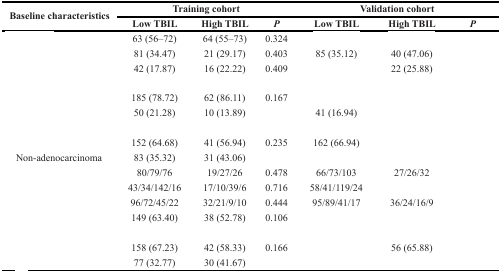
<table><thead><tr><td rowspan="2"><b>Baseline characteristics</b></td><td colspan="3"><b>Training cohort</b></td><td colspan="3"><b>Validation cohort</b></td></tr><tr><td><b>Low TBIL</b></td><td><b>High TBIL</b></td><td><b><i>P</i></b></td><td><b>Low TBIL</b></td><td><b>High TBIL</b></td><td><b><i>P</i></b></td></tr></thead><tbody><tr><td>[EMPTY_CELL]</td><td>63 (56–72)</td><td>64 (55–73)</td><td>0.324</td><td>[EMPTY_CELL]</td><td>[EMPTY_CELL]</td><td>[EMPTY_CELL]</td></tr><tr><td>[EMPTY_CELL]</td><td>81 (34.47)</td><td>21 (29.17)</td><td>0.403</td><td>85 (35.12)</td><td>40 (47.06)</td><td>[EMPTY_CELL]</td></tr><tr><td>[EMPTY_CELL]</td><td>42 (17.87)</td><td>16 (22.22)</td><td>0.409</td><td>[EMPTY_CELL]</td><td>22 (25.88)</td><td>[EMPTY_CELL]</td></tr><tr><td>[EMPTY_CELL]</td><td>[EMPTY_CELL]</td><td>[EMPTY_CELL]</td><td>[EMPTY_CELL]</td><td>[EMPTY_CELL]</td><td>[EMPTY_CELL]</td><td>[EMPTY_CELL]</td></tr><tr><td>[EMPTY_CELL]</td><td>185 (78.72)</td><td>62 (86.11)</td><td>0.167</td><td>[EMPTY_CELL]</td><td>[EMPTY_CELL]</td><td>[EMPTY_CELL]</td></tr><tr><td>[EMPTY_CELL]</td><td>50 (21.28)</td><td>10 (13.89)</td><td>[EMPTY_CELL]</td><td>41 (16.94)</td><td>[EMPTY_CELL]</td><td>[EMPTY_CELL]</td></tr><tr><td>[EMPTY_CELL]</td><td>[EMPTY_CELL]</td><td>[EMPTY_CELL]</td><td>[EMPTY_CELL]</td><td>[EMPTY_CELL]</td><td>[EMPTY_CELL]</td><td>[EMPTY_CELL]</td></tr><tr><td>[EMPTY_CELL]</td><td>152 (64.68)</td><td>41 (56.94)</td><td>0.235</td><td>162 (66.94)</td><td>[EMPTY_CELL]</td><td>[EMPTY_CELL]</td></tr><tr><td> Non-adenocarcinoma</td><td>83 (35.32)</td><td>31 (43.06)</td><td>[EMPTY_CELL]</td><td>[EMPTY_CELL]</td><td>[EMPTY_CELL]</td><td>[EMPTY_CELL]</td></tr><tr><td>[EMPTY_CELL]</td><td>80/79/76</td><td>19/27/26</td><td>0.478</td><td>66/73/103</td><td>27/26/32</td><td>[EMPTY_CELL]</td></tr><tr><td>[EMPTY_CELL]</td><td>43/34/142/16</td><td>17/10/39/6</td><td>0.716</td><td>58/41/119/24</td><td>[EMPTY_CELL]</td><td>[EMPTY_CELL]</td></tr><tr><td>[EMPTY_CELL]</td><td>96/72/45/22</td><td>32/21/9/10</td><td>0.444</td><td>95/89/41/17</td><td>36/24/16/9</td><td>[EMPTY_CELL]</td></tr><tr><td>[EMPTY_CELL]</td><td>149 (63.40)</td><td>38 (52.78)</td><td>0.106</td><td>[EMPTY_CELL]</td><td>[EMPTY_CELL]</td><td>[EMPTY_CELL]</td></tr><tr><td>[EMPTY_CELL]</td><td>[EMPTY_CELL]</td><td>[EMPTY_CELL]</td><td>[EMPTY_CELL]</td><td>[EMPTY_CELL]</td><td>[EMPTY_CELL]</td><td>[EMPTY_CELL]</td></tr><tr><td>[EMPTY_CELL]</td><td>158 (67.23)</td><td>42 (58.33)</td><td>0.166</td><td>[EMPTY_CELL]</td><td>56 (65.88)</td><td>[EMPTY_CELL]</td></tr><tr><td>[EMPTY_CELL]</td><td>77 (32.77)</td><td>30 (41.67)</td><td>[EMPTY_CELL]</td><td>[EMPTY_CELL]</td><td>[EMPTY_CELL]</td><td>[EMPTY_CELL]</td></tr></tbody></table>